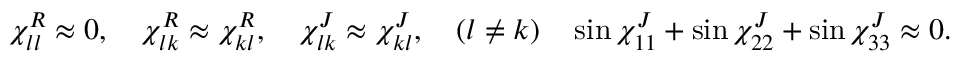
\chi _ { l l } ^ { R } \approx 0 , \quad \chi _ { l k } ^ { R } \approx \chi _ { k l } ^ { R } , \quad \chi _ { l k } ^ { J } \approx \chi _ { k l } ^ { J } , \quad ( l \neq k ) \quad \sin \chi _ { 1 1 } ^ { J } + \sin \chi _ { 2 2 } ^ { J } + \sin \chi _ { 3 3 } ^ { J } \approx 0 .